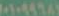
٠١٠٩٩٩٨